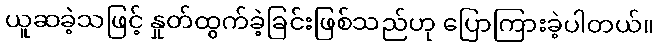
ယူဆခဲ့သဖြင့် နှုတ်ထွက်ခဲ့ခြင်းဖြစ်သည်ဟု ပြောကြားခဲ့ပါတယ်။